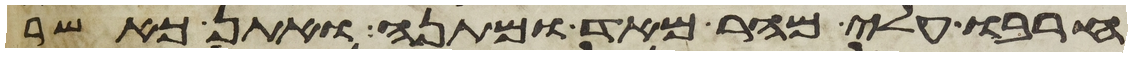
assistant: הרבו עלי מהר מאד ומתנה ואתן כאשר